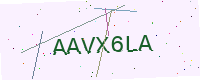
Text: AAVX6LA